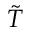
\tilde { T }